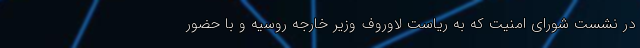
در نشست شورای امنیت که به ریاست لاوروف وزیر خارجه روسیه و با حضور